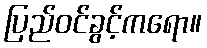
ပြည်ဝင်ခွင့်ကရော။